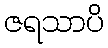
ဇရသာပိ